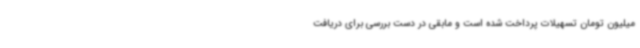
میلیون تومان تسهیلات پرداخت شده است و مابقی در دست بررسی برای دریافت